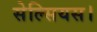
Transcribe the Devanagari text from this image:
सेल्सियस।